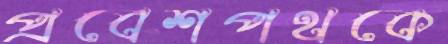
প্রবেশপথকে